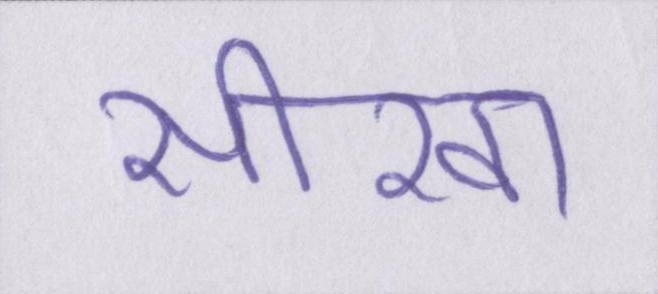
सीखा